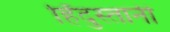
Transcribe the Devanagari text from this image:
हिँदुस्तानी